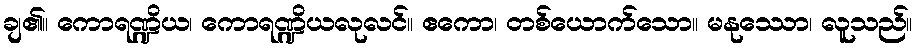
ချ၏။ ကောရဏ္ဍိယ၊ ကောရဏ္ဍိယလုလင်။ ဧကော၊ တစ်ယောက်သော။ မနုဿော၊ လူသည်။